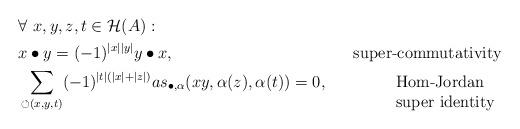
LaTeX: \begin{align*}& \forall \ x, y, z, t\in\mathcal{H}(A): \\& x\bullet y=(-1)^{|x||y|}y\bullet x, & \mbox{super-commutativity} \\& \sum_{\circlearrowleft(x,y,t)}(-1)^{|t|(|x|+|z|)}as_{\bullet,\alpha}(xy, \alpha(z), \alpha(t))=0,& \begin{array}[t]{l}\mbox{Hom-Jordan } \\\mbox{super identity}\end{array}\end{align*}